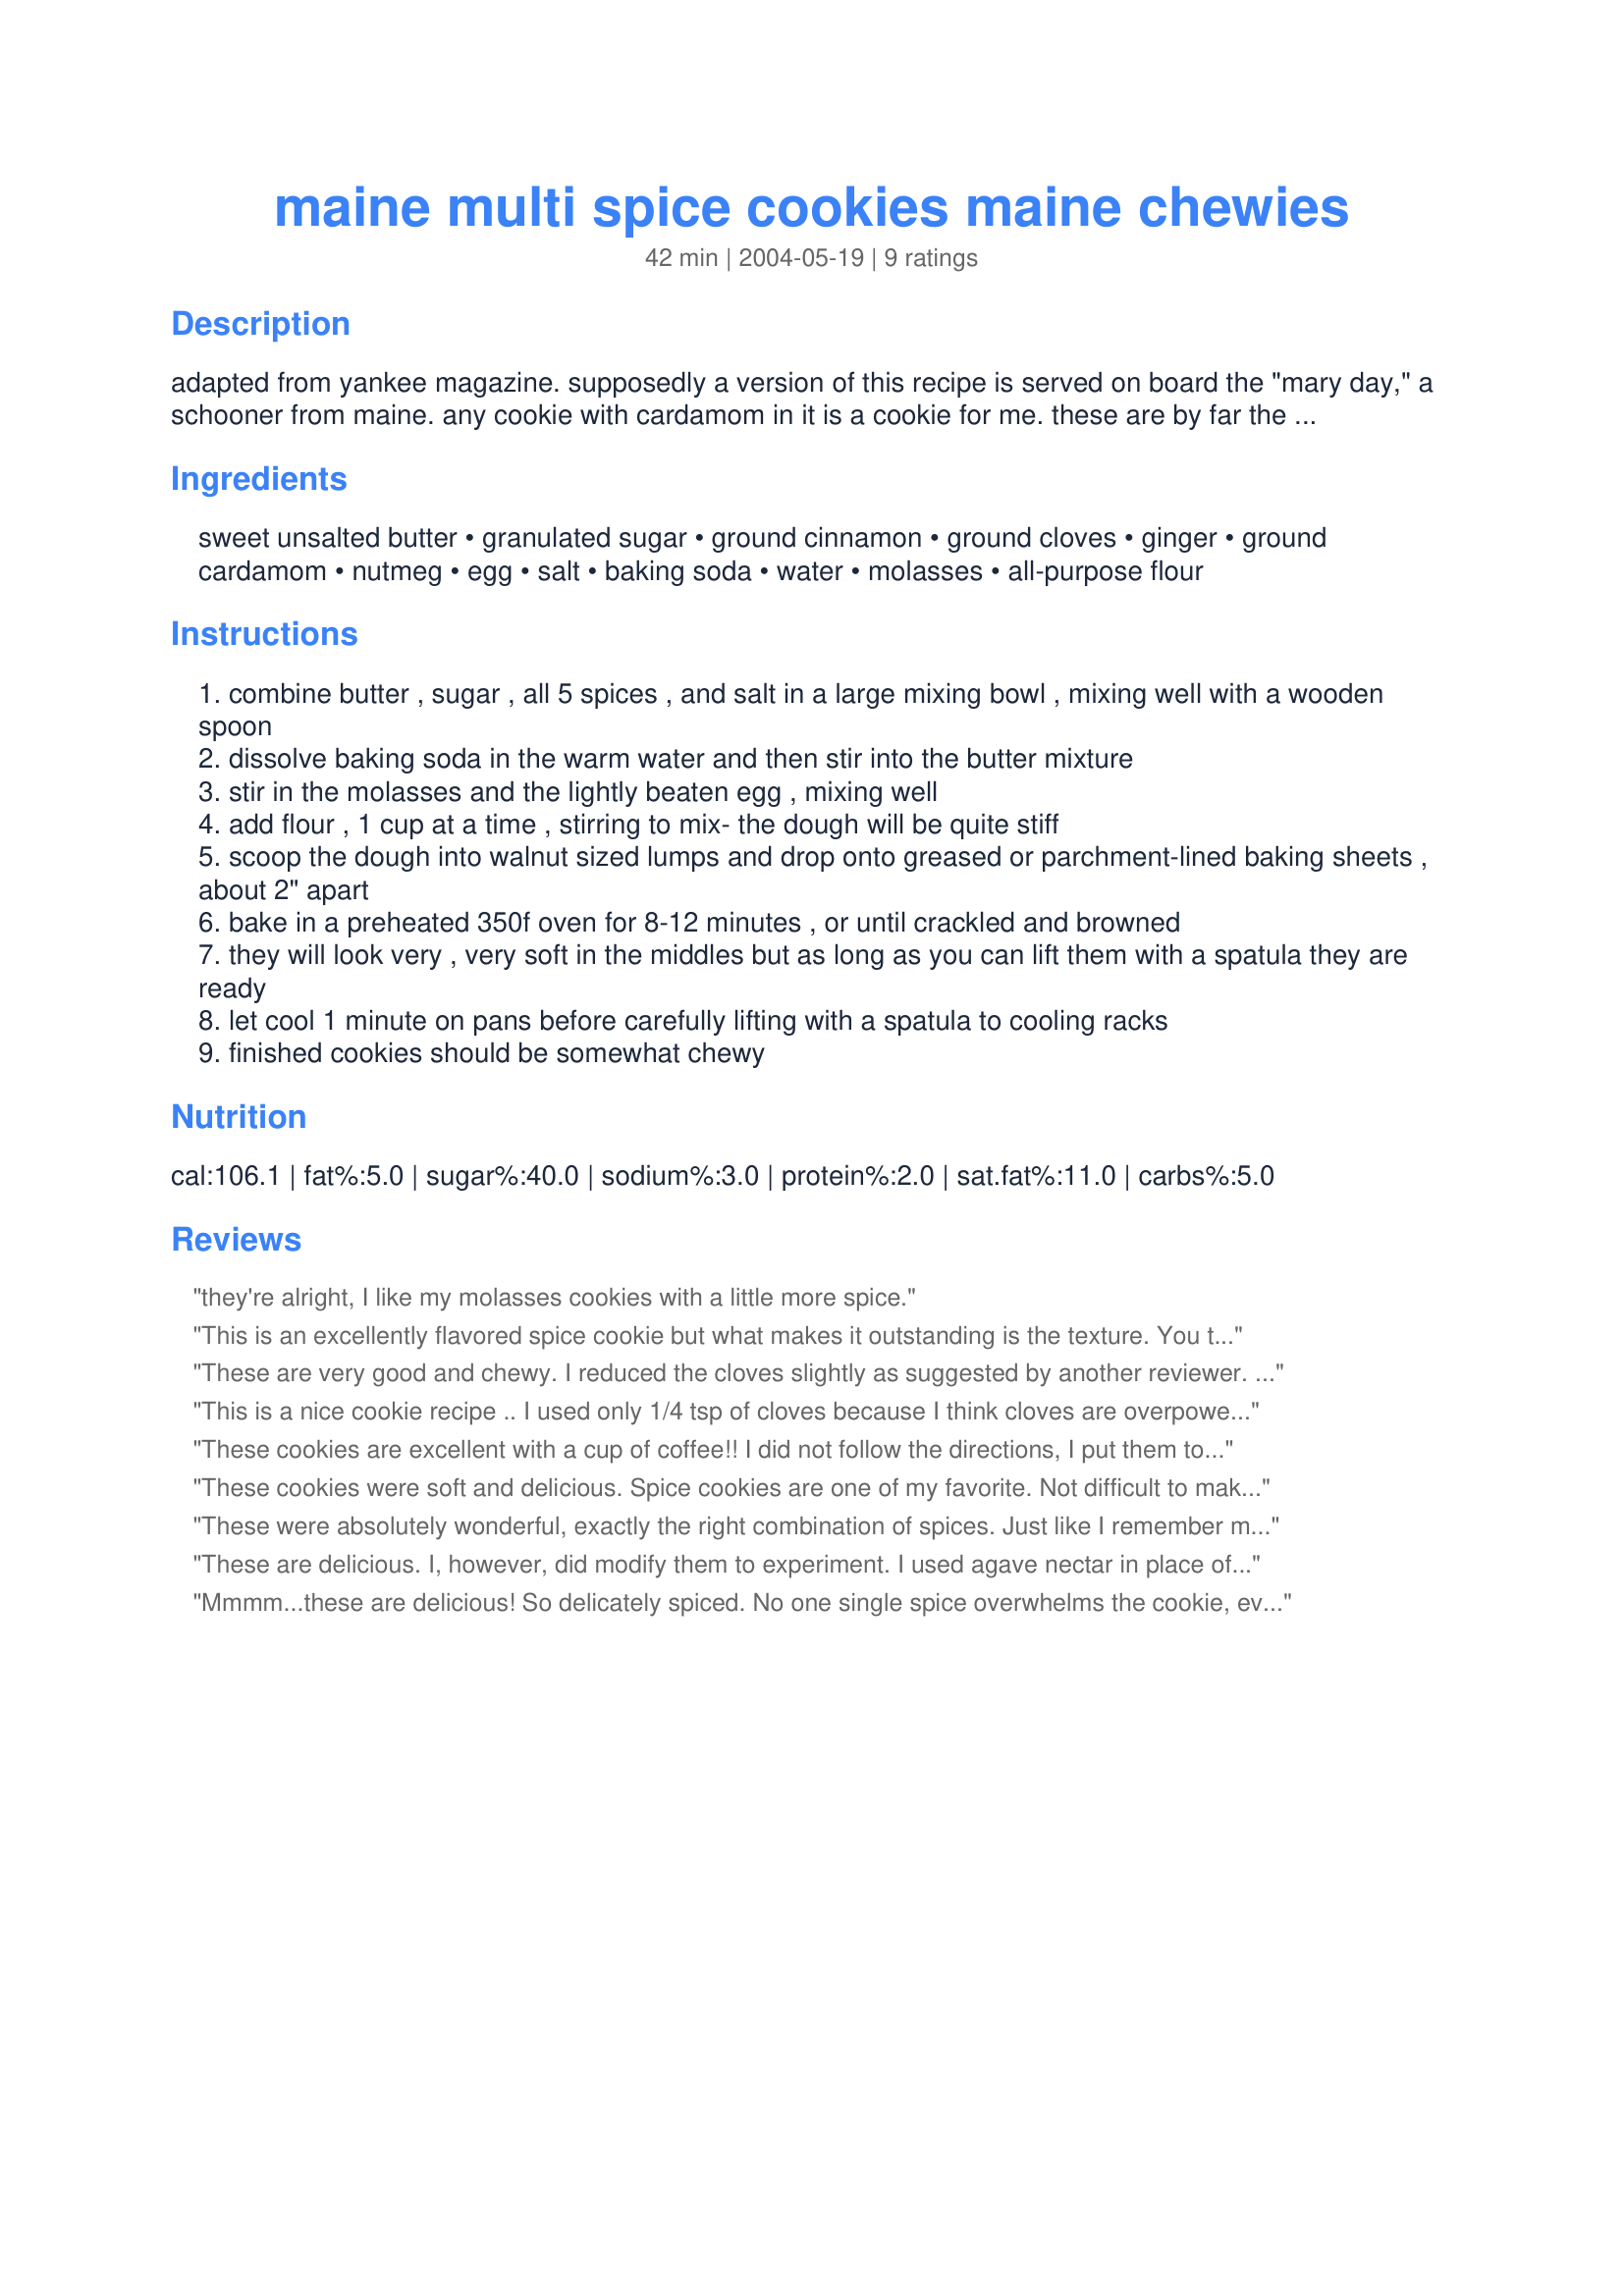
maine multi spice cookies maine chewies
Preparation time: 42 minutes

adapted from yankee magazine. supposedly a version of this recipe is served on board the "mary day," a schooner from maine. any cookie with cardamom in it is a cookie for me. these are by far the best tasting spice cookies i have ever tried. please use a wooden spoon to mix the dough - an electric mixer might make the dough too tough.

Ingredients:
sweet unsalted butter, granulated sugar, ground cinnamon, ground cloves, ginger, ground cardamom, nutmeg, egg, salt, baking soda, water, molasses, all-purpose flour

Steps:
combine butter , sugar , all 5 spices , and salt in a large mixing bowl , mixing well with a wooden spoon
dissolve baking soda in the warm water and then stir into the butter mixture
stir in the molasses and the lightly beaten egg , mixing well
add flour , 1 cup at a time , stirring to mix- the dough will be quite stiff
scoop the dough into walnut sized lumps and drop onto greased or parchment-lined baking sheets , about 2" apart
bake in a preheated 350f oven for 8-12 minutes , or until crackled and browned
they will look very , very soft in the middles but as long as you can lift them with a spatula they are ready
let cool 1 minute on pans before carefully lifting with a spatula to cooling racks
finished cookies should be somewhat chewy

Reviews:
they're alright, I like my molasses cookies with a little more spice.
This is an excellently flavored spice cookie but what makes it outstanding is the texture. You truly end up with a cook that has a slightly crisp exterior and a chewy middle.

This would certainly look and taste great on any Christmas cookie platter or any time of the year.

Great with coffee, too.
These are very good and chewy. I reduced the cloves slightly as suggested by another reviewer. The cookies remind me of the much more labor intensive Christmas cookies my grandma used to make (no rolling and cutting with cookie cutters).
This is a nice cookie recipe .. I used only 1/4 tsp of cloves because I think cloves are overpowering, so the entire amount would ruin the cookies for me .. my entire family loved these cookies, thanks!
These cookies are excellent with a cup of coffee!! I did not follow the directions, I put them together as most any other cookie that I cook, mix all dry ingredients including baking powder well, as a retired Merchant Mariner I think that the cook on the schooner “Mary Day” may have been dissolving some old lumpy baking powder. I also added 1 &frac12; teaspoons of Cream of Tartar to work with the Baking Powder. I followed the ingredients very closely, but I substituted Allspice for Cardamom as I had none on hand and it is hard to come by here in Costa Roca. I added 1 teaspoon of local Cocoa Powder, and used milk instead of water to balance liquids (Next batch I will try coffee!!). Creamed Butter, Sugar, Milk and Egg in stand mixer added blended dry ingredients about 2 cups at a time (tough dough??), and refrigerated the dough a few hours before rolling into balls, baked as usual.I baked &frac12; as is, and &frac12; rolled in Azucar Crudo (sort of like a larger crystal sugar in the raw). Personally I prefer the plain ones, I think the extra sugar detracts from the flavors of the spices. However I know a few young cookie monsters that may prefer the sugared ones. Fuzzy
These cookies were soft and delicious. Spice cookies are one of my favorite. Not difficult to make but had to have my husband finish mixing in the last cup of flour for me. I really liked that the dough didn't have to be chilled first. 

Thanks HeatherFeather.
These were absolutely wonderful, exactly the right combination of spices. Just like I remember my grandmother's years ago. I had mild-flavored molasses on hand and it's just right for this recipe. The dough does get a bit hard to stir at the end, but well worth the effort!
These are delicious. I, however, did modify them to experiment. I used agave nectar in place of the white sugar (eliminate the water and decrease cooking temp 25 degrees if you try this). I personally thought they weren't sweet enough with that switch so I will do white sugar next time. To make the agave ones sweeter for my palate, I made a powdered sugar glaze with cardamom and cinnamon and lightly spooned it on the cookies. That was perfect for us! I will definitely make this again!
Mmmm...these are delicious! So delicately spiced. No one single spice overwhelms the cookie, even the cloves. They all work together beautifully to create a really yummy cookie. I love that they were chewy, yet crisp on the edges. I also dipped mine in Turbinado sugar for a little extra crunch and decoration, although they certainly don't need it.
